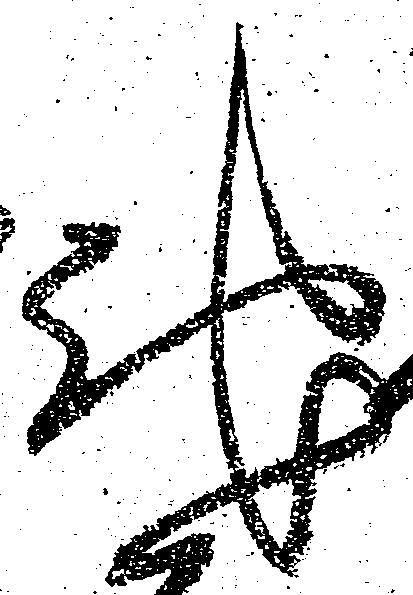
馳